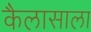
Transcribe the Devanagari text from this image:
कैलासाला